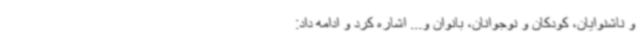
و ناشنوایان، کودکان و نوجوانان، بانوان و... اشاره کرد و ادامه داد: